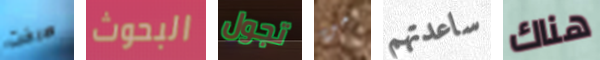
صرخت البحوث تجول من ساعدتهم هناك